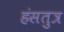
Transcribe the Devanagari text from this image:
हंसतुत्र